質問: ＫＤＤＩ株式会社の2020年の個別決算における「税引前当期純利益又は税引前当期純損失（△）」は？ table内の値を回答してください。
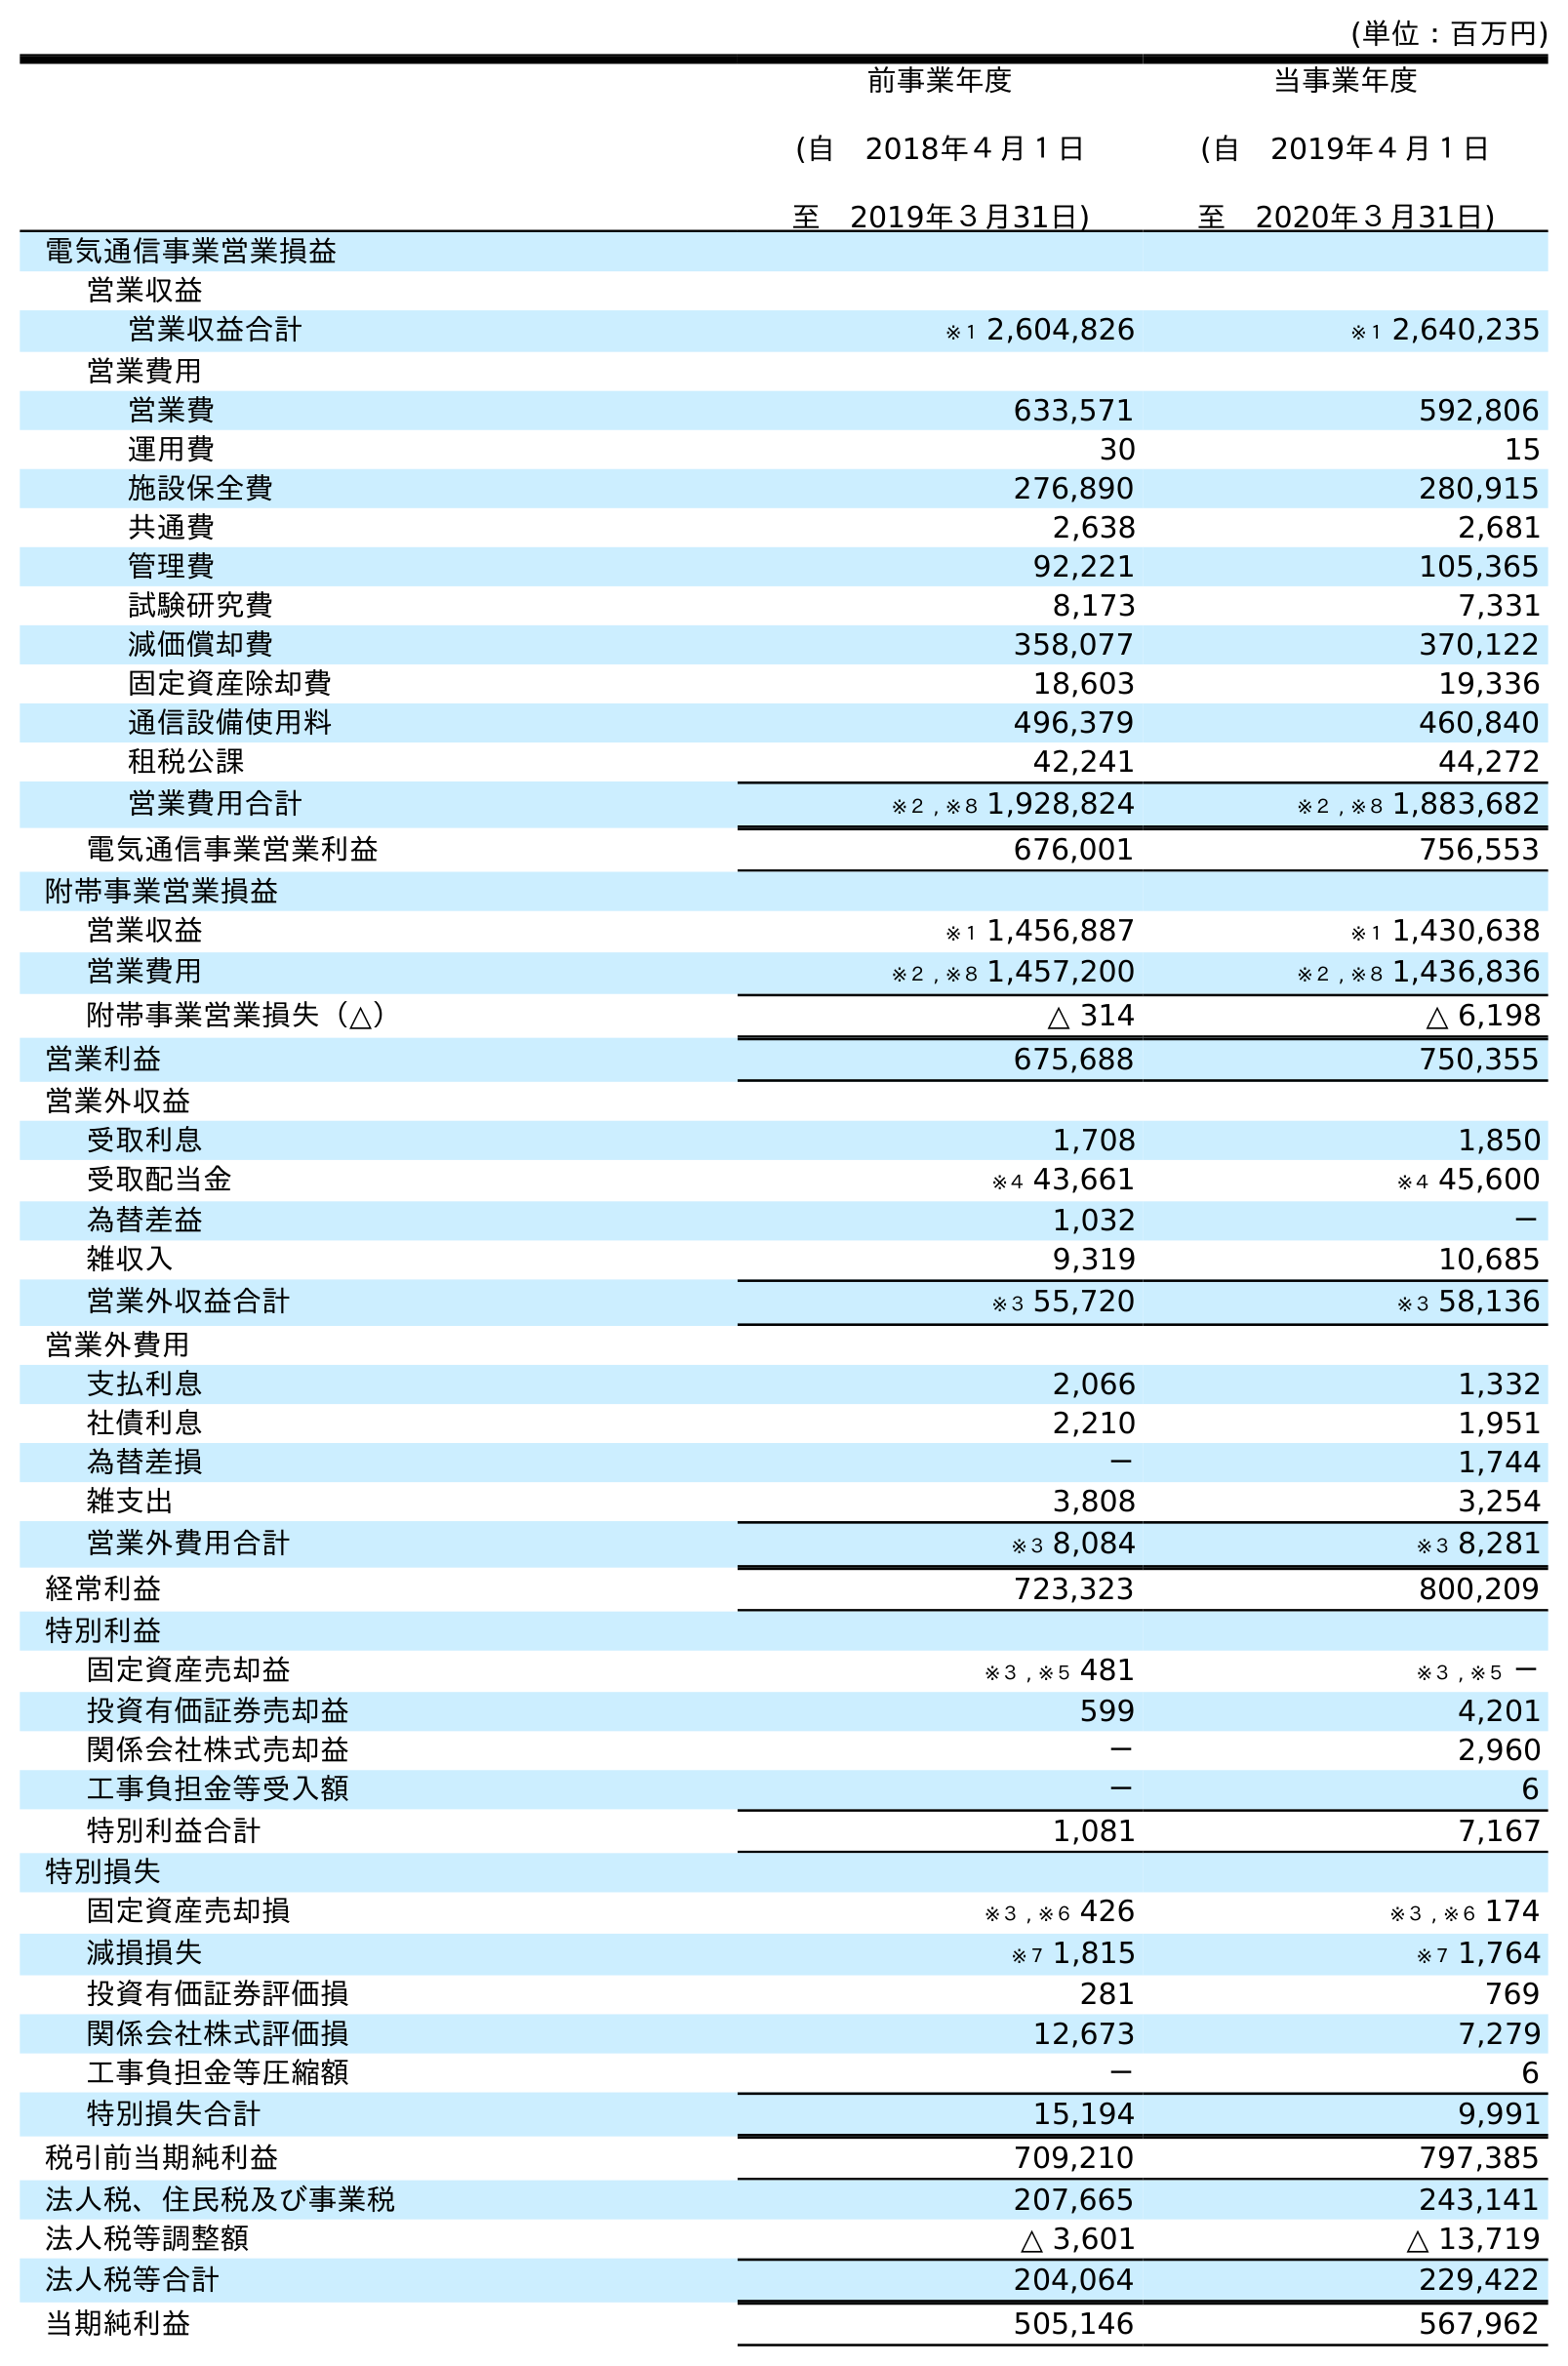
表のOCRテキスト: (単位：百万円) 前事業年度 (自 2018年４月１日 至 2019年３月31日) 当事業年度 (自 2019年４月１日 至 2020年３月31日) 電気通信事業営業損益 営業収益 営業収益合計 ※１ 2,604,826 ※１ 2,640,235 営業費用 営業費 633,571 592,806 運用費 30 15 施設保全費 276,890 280,915 共通費 2,638 2,681 管理費 92,221 105,365 試験研究費 8,173 7,331 減価償却費 358,077 370,122 固定資産除却費 18,603 19,336 通信設備使用料 496,379 460,840 租税公課 42,241 44,272 営業費用合計 ※２ , ※８ 1,928,824 ※２ , ※８ 1,883,682 電気通信事業営業利益 676,001 756,553 附帯事業営業損益 営業収益 ※１ 1,456,887 ※１ 1,430,638 営業費用 ※２ , ※８ 1,457,200 ※２ , ※８ 1,436,836 附帯事業営業損失（△） △ 314 △ 6,198 営業利益 675,688 750,355 営業外収益 受取利息 1,708 1,850 受取配当金 ※４ 43,661 ※４ 45,600 為替差益 1,032 － 雑収入 9,319 10,685 営業外収益合計 ※３ 55,720 ※３ 58,136 営業外費用 支払利息 2,066 1,332 社債利息 2,210 1,951 為替差損 － 1,744 雑支出 3,808 3,254 営業外費用合計 ※３ 8,084 ※３ 8,281 経常利益 723,323 800,209 特別利益 固定資産売却益 ※３ , ※５ 481 ※３ , ※５ － 投資有価証券売却益 599 4,201 関係会社株式売却益 － 2,960 工事負担金等受入額 － 6 特別利益合計 1,081 7,167 特別損失 固定資産売却損 ※３ , ※６ 426 ※３ , ※６ 174 減損損失 ※７ 1,815 ※７ 1,764 投資有価証券評価損 281 769 関係会社株式評価損 12,673 7,279 工事負担金等圧縮額 － 6 特別損失合計 15,194 9,991 税引前当期純利益 709,210 797,385 法人税、住民税及び事業税 207,665 243,141 法人税等調整額 △ 3,601 △ 13,719 法人税等合計 204,064 229,422 当期純利益 505,146 567,962
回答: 797,385